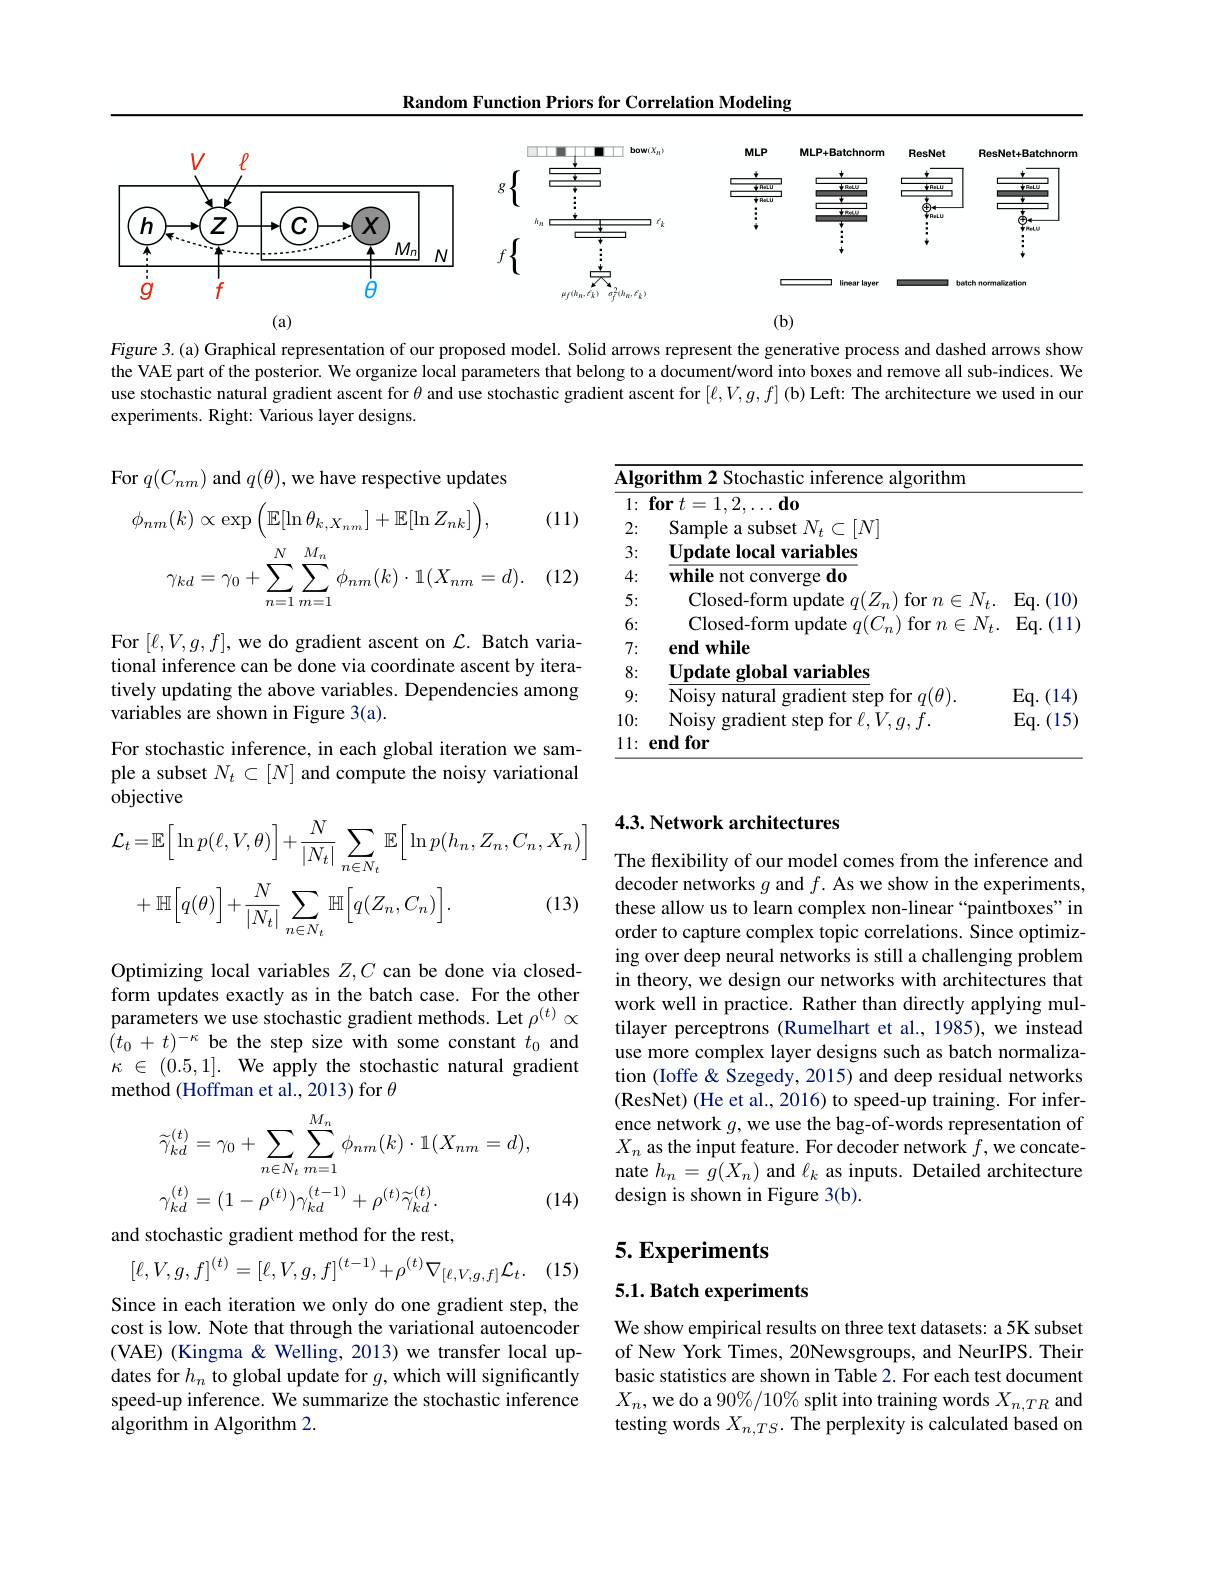
Random Function Priors for Correlation Modeling

<FigureHere>

Figure 3.(a) Graphical representation of our proposed model. Solid arrows represent the generative process and dashed arrows show the VAE part of the posterior. We organize local parameters that belong to a document/word into boxes and remove all sub-indices. We use stochastic natural gradient ascent for $\theta$ and use stochastic gradient ascent for $[\ell,V,g,f]$ (b) Left: The architecture we used in our experiments. Right: Various layer designs.

(11)

For
$$\phi_{nm}(k)\propto\exp\Big(\mathbb{E}[\ln\theta_{k,X_{nm}}]+\mathbb{E}[\ln Z_{nk}]\Big),\\\gamma_{kd}=\gamma_{0}+\sum_{n=1}^{N}\sum_{m=1}^{M_{n}}\phi_{nm}(k)\cdot\mathbb{1}(X_{nm}=d).$$
(12)

<table>
	<tbody>
		<tr>
			<td>$\overline{\mathbf{Alg}}$</td>
			<td>orithm 2 Stochastic inference algorithm</td>
			<td> </td>
		</tr>
		<tr>
			<td>1: ·</td>
			<td>$\textbf{for}t= 1, 2, \ldots \textbf{do}$</td>
			<td> </td>
		</tr>
		<tr>
			<td>2:</td>
			<td>Sample a subset $N_t\subset[N]$</td>
			<td> </td>
		</tr>
		<tr>
			<td>3:</td>
			<td>$\mathbf{Update~local~variables}$</td>
			<td> </td>
		</tr>
		<tr>
			<td>4: </td>
			<td>${\mathbf{while~not~converge~do}}$</td>
			<td> </td>
		</tr>
		<tr>
			<td>5:</td>
			<td>Closed-form update $q(Z_n)$ for $n\in N$</td>
			<td>$Eq.$ .(10)</td>
		</tr>
		<tr>
			<td>6:</td>
			<td>Closed- form update $q( C_{n})$ for $n\in N$</td>
			<td>$Eq.$ (11</td>
		</tr>
		<tr>
			<td>7:</td>
			<td>end while</td>
			<td> </td>
		</tr>
		<tr>
			<td>8:</td>
			<td>Update global variables</td>
			<td> </td>
		</tr>
		<tr>
			<td>9:</td>
			<td>Noisy natural gradient step for $q(\theta).$</td>
			<td>$Eq.$ (14) 1</td>
		</tr>
		<tr>
			<td>10: </td>
			<td>Noisy gradient step for $\ell,V,q,f.$</td>
			<td>Eq. (15)</td>
		</tr>
		<tr>
			<td>11 11: · </td>
			<td>end for</td>
			<td> </td>
		</tr>
	</tbody>
</table>

For $[\ell,V,g,f]$,we do gradient ascent on $\mathcal{L}.$ Batch variational inference can be done via coordinate ascent by iteratively updating the above variables. Dependencies among variables are shown in Figure 3(a).
For stochastic inference, in each global iteration we sample a subset $N_t\subset[N]$ and compute the noisy variational objective
$$\begin{aligned}\mathcal{L}_{t}&=\mathbb{E}\Big[\ln p(\ell,V,\theta)\Big]+\frac{N}{|N_{t}|}\sum_{n\in N_{t}}\mathbb{E}\Big[\ln p(h_{n},Z_{n},C_{n},X_{n})\Big]\\&+\mathbb{H}\Big[q(\theta)\Big]+\frac{N}{|N_{t}|}\sum_{n\in N_{t}}\mathbb{H}\Big[q(Z_{n},C_{n})\Big].&\text{(13)}\end{aligned}$$
## 4.3. Network architectures

The flexibility of our model comes from the inference and decoder networks $g$ and $f.$ As we show in the experiments, these allow us to learn complex non-linear“paintboxes”in order to capture complex topic correlations. Since optimizing over deep neural networks is still a challenging problem in theory, we design our networks with architectures that work well in practice. Rather than directly applying multilayer perceptrons (Rumelhart et al., 1985), we instead use more complex layer designs such as batch normalization (Ioffe& Szegedy, 2015) and deep residual networks (ResNet) (He et al., 2016) to speed-up training. For inference network $g$,we use the bag-of-words representation of $X_n$ as the input feature. For decoder network $f$,we concatenate $h_n=g(X_n)$ and $\ell_k$ as inputs. Detailed architecture design is shown in Figure 3(b).

Optimizing local variables $Z,C$ can be done via closedform updates exactly as in the batch case. For the other parameters we use stochastic gradient methods. Let $\rho^{(t)}\propto$ $(t_0+t)^{-\kappa}$ be the step size with some constant $t_0$ and $\kappa$ $\in$ (0.5,1]. We apply the stochastic natural gradient method (Hoffman et al., 2013) for $\theta$
$$\begin{aligned}&\widetilde{\gamma}_{kd}^{(t)}=\gamma_{0}+\sum_{n\in N_{t}}\sum_{m=1}^{M_{n}}\phi_{nm}(k)\cdot1(X_{nm}=d),\\&\gamma_{kd}^{(t)}=(1-\rho^{(t)})\gamma_{kd}^{(t-1)}+\rho^{(t)}\widetilde{\gamma}_{kd}^{(t)}.\end{aligned}$$
(14)

## 5. Experiments

and stochastic gradient method for the rest,
$$[\ell,V,g,f]^{(t)}=[\ell,V,g,f]^{(t-1)}+\rho^{(t)}\nabla_{[\ell,V,g,f]}\mathcal{L}_{t}.$$
(15)

## 5.1. Batch experiments

Since in each iteration we only do one gradient step, the cost is low. Note that through the variational autoencoder (VAE) (Kingma & Welling, 2013) we transfer local updates for $h_n$ to global update for $g$,which will significantly speed-up inference. We summarize the stochastic inference algorithm in Algorithm 2.

We show empirical results on three text datasets: a 5K subset of New York Times, 20Newsgroups, and NeurIPS. Their basic statistics are shown in Table 2. For each test document $X_n$,we do a 90%/10% split into training words $X_n,TR$ and testing words $X_{n,TS}.$ The perplexity is calculated based on